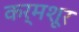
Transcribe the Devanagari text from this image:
कर्मशूर